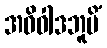
အဝိဝါဒဘူမိံ